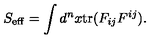
S _ { \mathrm { e f f } } = \int d ^ { n } x \mathrm { t r } ( F _ { i j } F ^ { i j } ) .